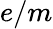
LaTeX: e/m